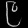
Digit: ၉